Civil Veterinary Department. Madras. Admin. report 1926-33 - 1926-1933
Year: 1926
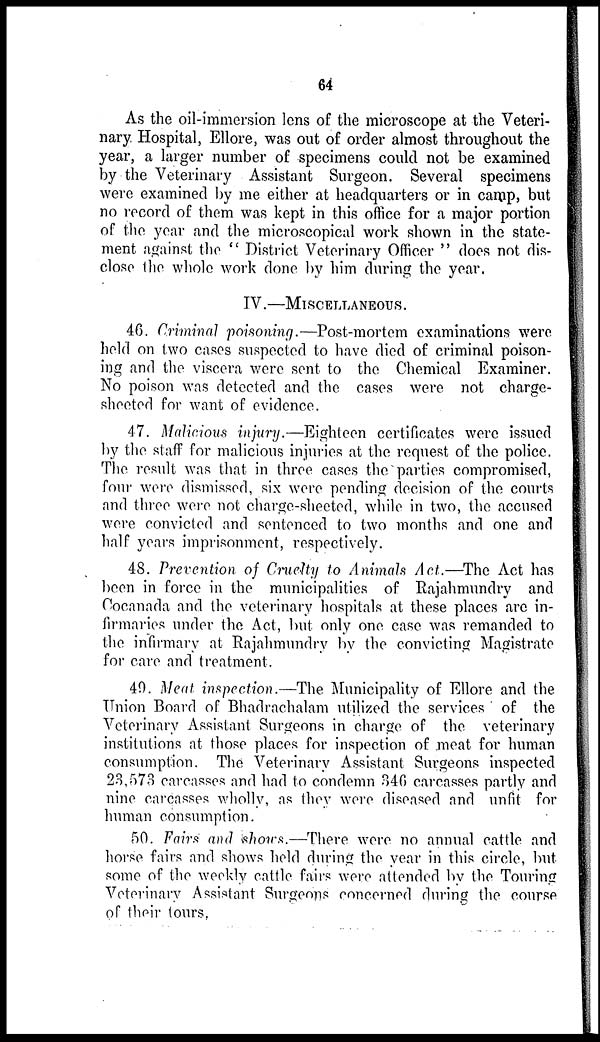
64
As the oil-immersion lens of the microscope at the Veteri-
nary Hospital, Ellore, was out of order almost throughout the
year, a larger number of specimens could not be examined
by the Veterinary Assistant Surgeon. Several specimens
were examined by me either at headquarters or in camp, but
no record of them was kept in this office for a major portion
of the year and the microscopical work shown in the state-
ment against the "District Veterinary Officer" does not dis-
close the whole work done by him during the year.
IV.—MISCELLANEOUS.
46. Criminal poisoning.—Post-mortem examinations: were
held on two cases suspected to have died of criminal poison-
ing and the viscera were sent to the Chemical Examiner.
No poison was detected and the cases were not charge-
sheeted for want of evidence.
47. Malicious injury.—Eighteen certificates were issued
by the staff for malicious injuries at the request of the police.
The result was that in three cases the parties compromised,
four were dismissed, six were pending decision of the courts
and three were not charge-sheeted, while in two, the accused
were convicted and sentenced to two months and one and
half years imprisonment, respectively.
48. Prevention of Cruelty to Animals Act.—The Act has
been in force in the municipalities of Rajahmundry and
Cocanada and the veterinary hospitals at these places are in-
firmaries under the Act, but only one case was remanded to
the infirmary at Rajahmundry by the convicting Magistrate
for care and treatment.
49. Meat inspection.—The Municipality of Ellore and the
Union Board of Bhadrachalam utilized the services of the
Veterinary Assistant Surgeons in charge of the veterinary
institutions at those places for inspection of meat for human
consumption. The Veterinary Assistant Surgeons inspected
23,573 carcasses and had to condemn 346 carcasses partly and
nine carcasses wholly, as they were diseased and unfit for
human consumption.
50. Fairs and shows.—There were no annual cattle and
horse fairs and shows held during the year in this circle, but
some of the weekly cattle fairs were attended by the Touring
Veterinary Assistant Surgeons concerned during the course
of their tours,